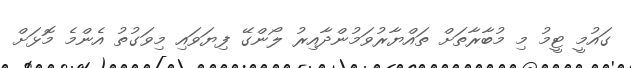
ގައުމީ ޓީމު މި މުބާރާތަށް ތައްޔާރުވަމުންދާއިރު ލޯންގޭ ފިޔަވައި މިވަގުތު އެންމެ މޮޅަށް